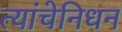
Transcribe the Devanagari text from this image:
त्यांचेनिधन